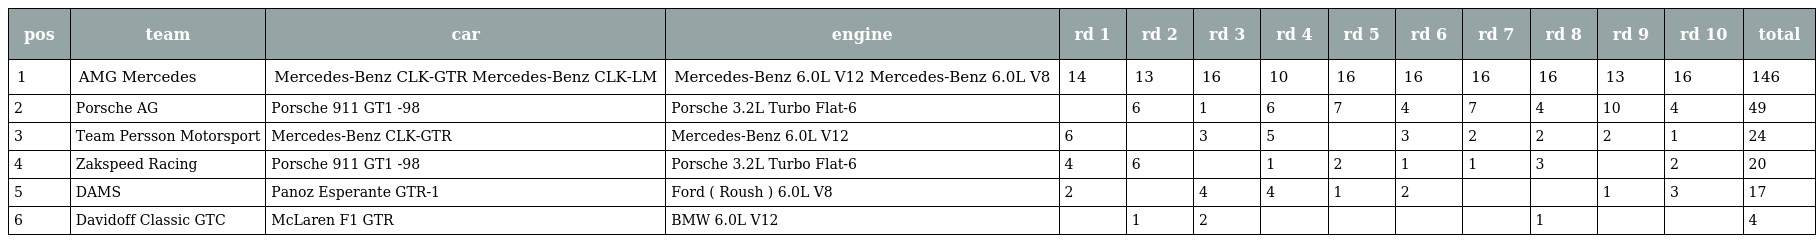
| pos | team | car | engine | rd 1 | rd 2 | rd 3 | rd 4 | rd 5 | rd 6 | rd 7 | rd 8 | rd 9 | rd 10 | total |
 | --- | --- | --- | --- | --- | --- | --- | --- | --- | --- | --- | --- | --- | --- | --- |
 | 1 | AMG Mercedes | Mercedes-Benz CLK-GTR Mercedes-Benz CLK-LM | Mercedes-Benz 6.0L V12 Mercedes-Benz 6.0L V8 | 14 | 13 | 16 | 10 | 16 | 16 | 16 | 16 | 13 | 16 | 146 |
 | 2 | Porsche AG | Porsche 911 GT1 -98 | Porsche 3.2L Turbo Flat-6 |  | 6 | 1 | 6 | 7 | 4 | 7 | 4 | 10 | 4 | 49 |
 | 3 | Team Persson Motorsport | Mercedes-Benz CLK-GTR | Mercedes-Benz 6.0L V12 | 6 |  | 3 | 5 |  | 3 | 2 | 2 | 2 | 1 | 24 |
 | 4 | Zakspeed Racing | Porsche 911 GT1 -98 | Porsche 3.2L Turbo Flat-6 | 4 | 6 |  | 1 | 2 | 1 | 1 | 3 |  | 2 | 20 |
 | 5 | DAMS | Panoz Esperante GTR-1 | Ford ( Roush ) 6.0L V8 | 2 |  | 4 | 4 | 1 | 2 |  |  | 1 | 3 | 17 |
 | 6 | Davidoff Classic GTC | McLaren F1 GTR | BMW 6.0L V12 |  | 1 | 2 |  |  |  |  | 1 |  |  | 4 |